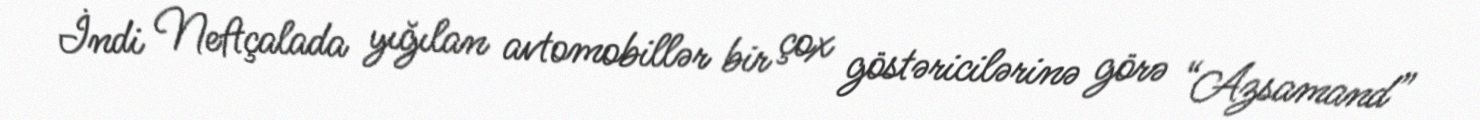
İndi Neftçalada yığılan avtomobillər bir çox göstəricilərinə görə “Azsamand”